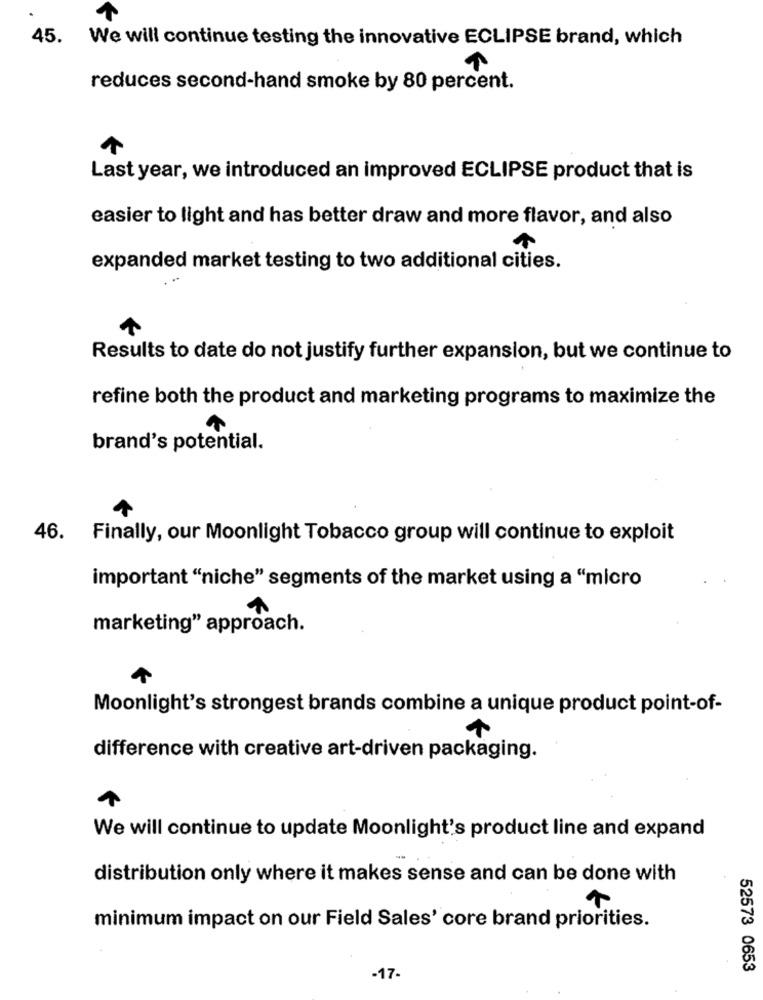
45. We will continue testing the innovative ECLIPSE brand, which
reduces second-hand smoke by 80 percent.
Last year, we introduced an improved ECLIPSE product that is
easier to light and has better draw and more flavor, and also
expanded market testing to two additional cities.
Results to date do not justify further expansion, but we continue to
refine both the product and marketing programs to maximize the
brand's potential.
46. Finally, our Moonlight Tobacco group will continue to exploit
important "niche" segments of the market using a "micro
marketing" approach.
Moonlight's strongest brands combine a unique product point-of-
difference with creative art-driven packaging.
We will continue to update Moonlight's product line and expand
distribution only where it makes sense and can be done with
minimum impact on our Field Sales' core brand priorities.
-17-
52573 0653